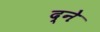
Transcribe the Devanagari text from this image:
द्ने